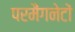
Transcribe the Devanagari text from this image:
परमैंगनेटों